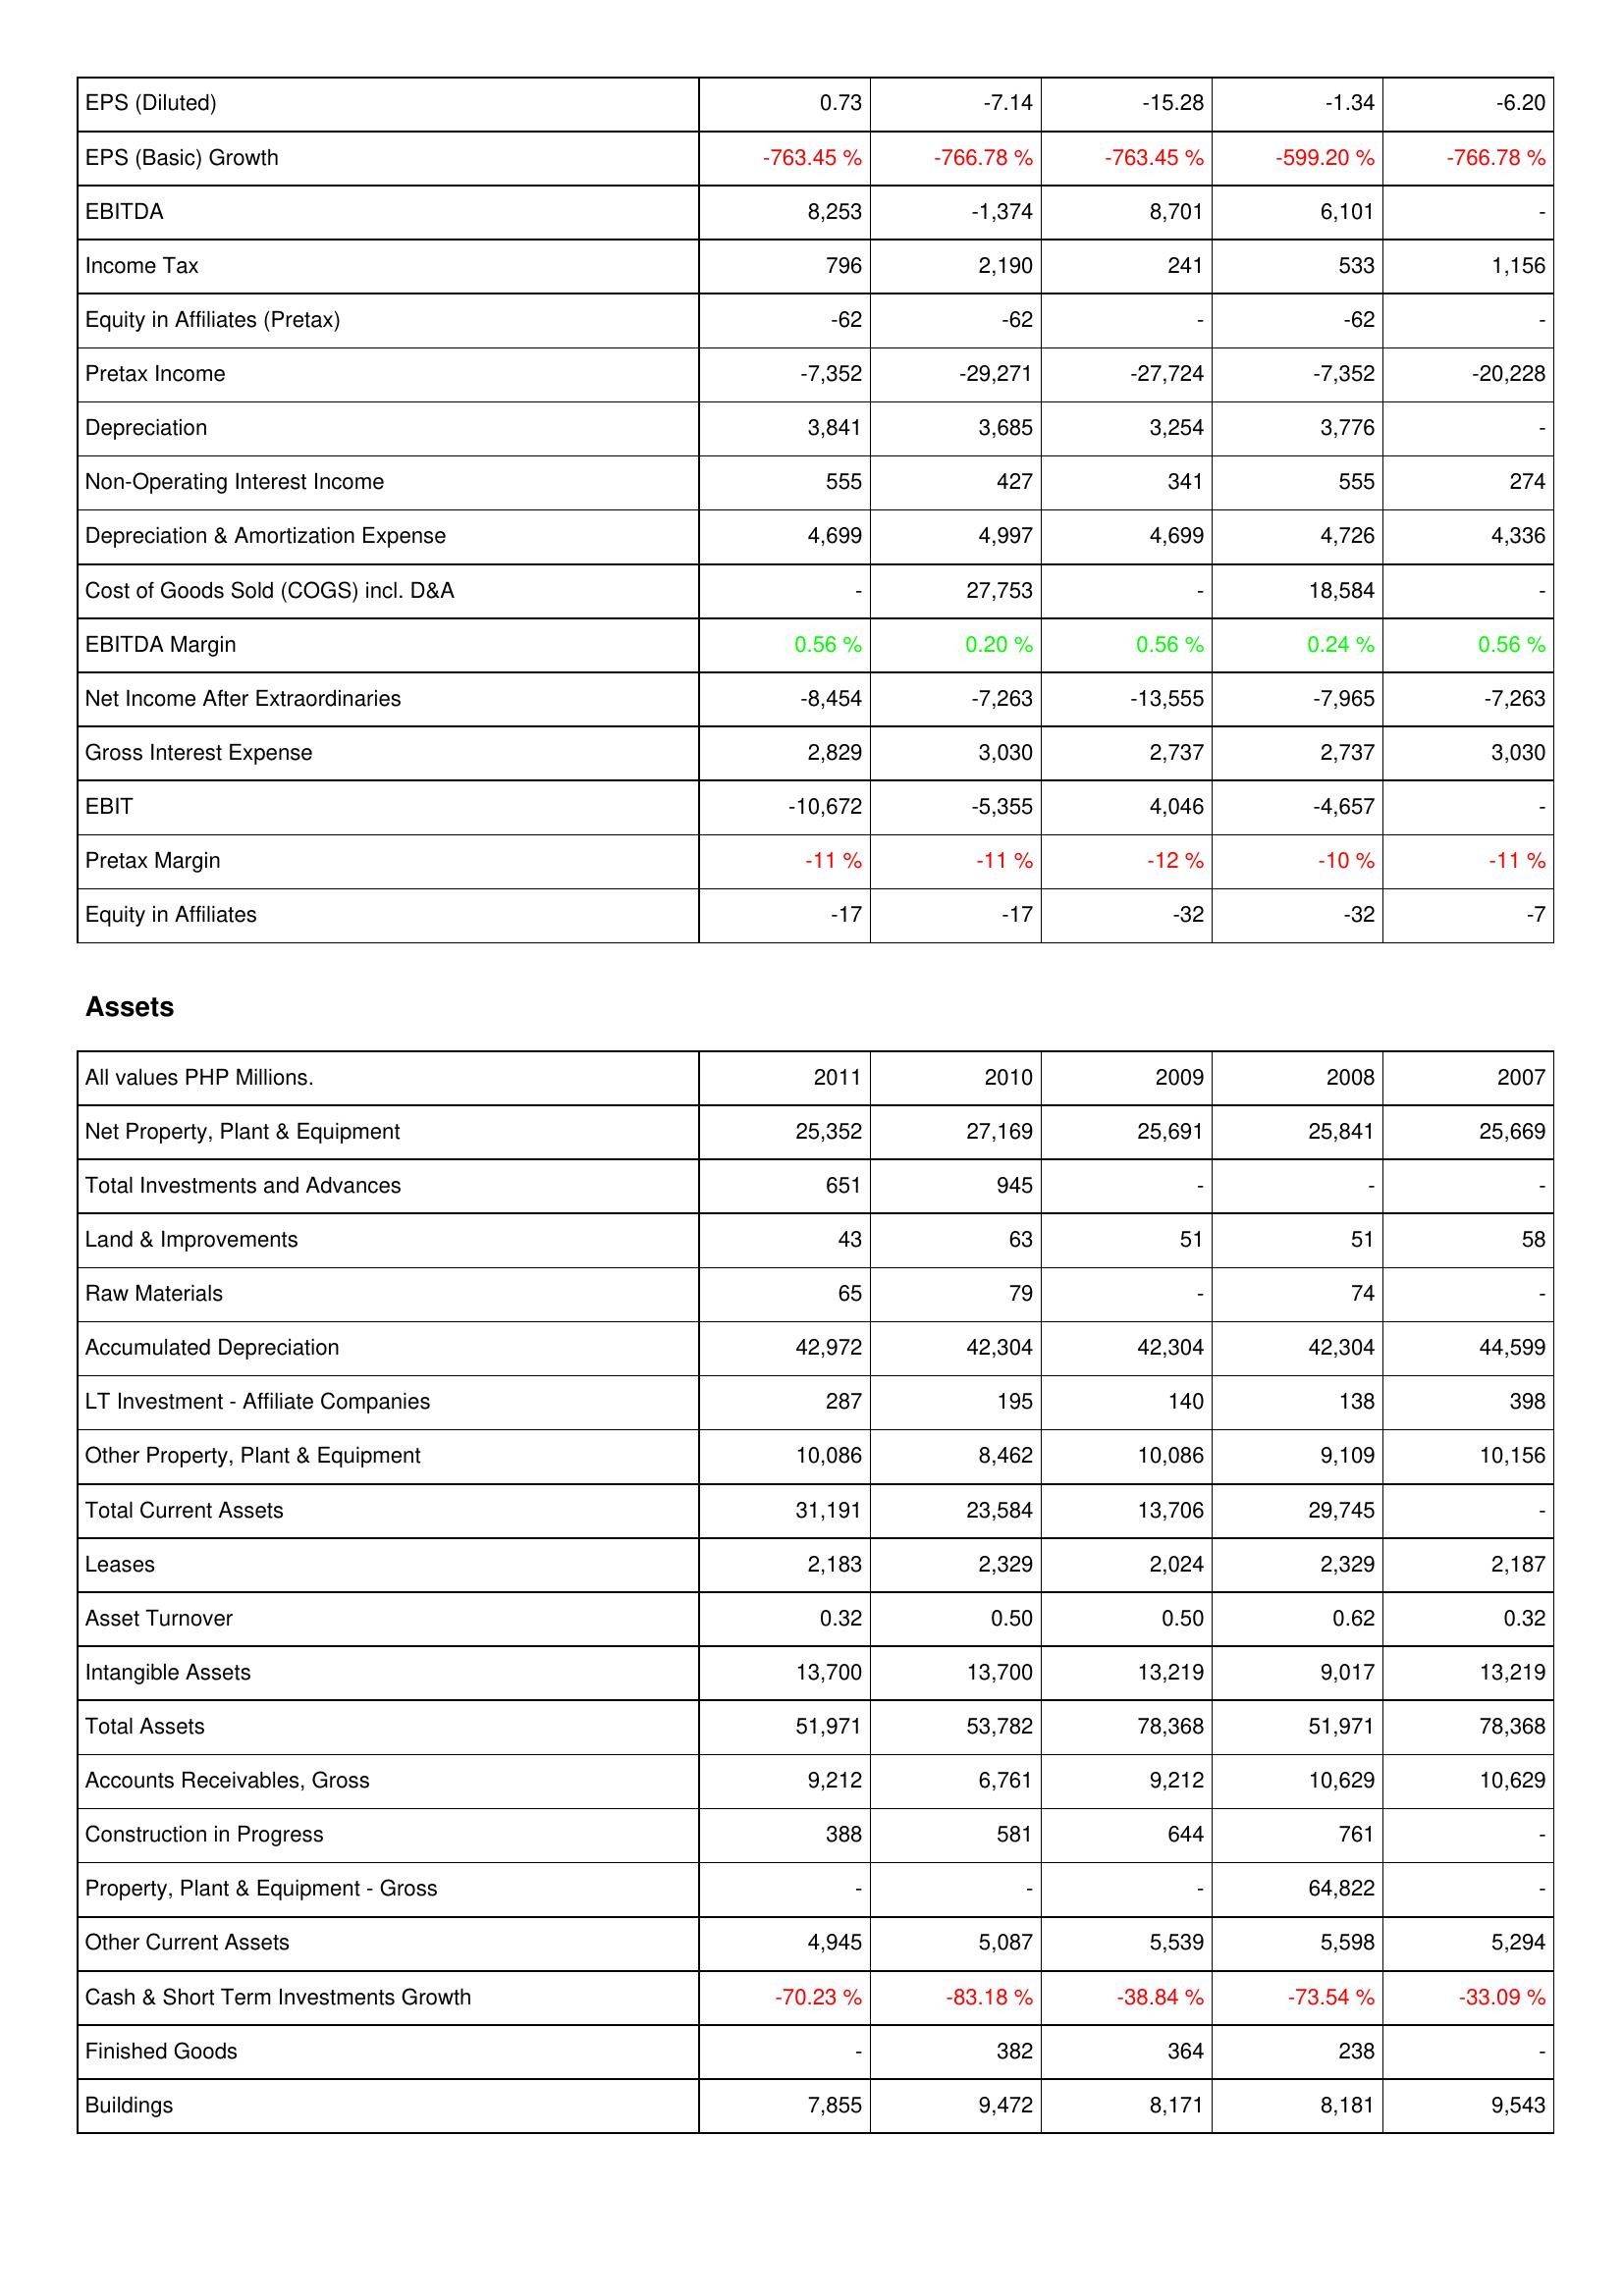
2011: Income Statement: EPS (Diluted): 0.73
EPS (Basic) Growth: -763.45 %
EBITDA: 8,253
Income Tax: 796
Equity in Affiliates (Pretax): -62
Pretax Income: -7,352
Depreciation: 3,841
Non-Operating Interest Income: 555
Depreciation & Amortization Expense: 4,699
Cost of Goods Sold (COGS) incl. D&A: -
EBITDA Margin: 0.56 %
Net Income After Extraordinaries: -8,454
Gross Interest Expense: 2,829
EBIT: -10,672
Pretax Margin: -11 %
Equity in Affiliates: -17
Assets: Net Property, Plant & Equipment: 25,352
Total Investments and Advances: 651
Land & Improvements: 43
Raw Materials: 65
Accumulated Depreciation: 42,972
LT Investment - Affiliate Companies: 287
Other Property, Plant & Equipment: 10,086
Total Current Assets: 31,191
Leases: 2,183
Asset Turnover: 0.32
Intangible Assets: 13,700
Total Assets: 51,971
Accounts Receivables, Gross: 9,212
Construction in Progress: 388
Property, Plant & Equipment - Gross: -
Other Current Assets: 4,945
Cash & Short Term Investments Growth: -70.23 %
Finished Goods: -
Buildings: 7,855
2010: Income Statement: EPS (Diluted): -7.14
EPS (Basic) Growth: -766.78 %
EBITDA: -1,374
Income Tax: 2,190
Equity in Affiliates (Pretax): -62
Pretax Income: -29,271
Depreciation: 3,685
Non-Operating Interest Income: 427
Depreciation & Amortization Expense: 4,997
Cost of Goods Sold (COGS) incl. D&A: 27,753
EBITDA Margin: 0.20 %
Net Income After Extraordinaries: -7,263
Gross Interest Expense: 3,030
EBIT: -5,355
Pretax Margin: -11 %
Equity in Affiliates: -17
Assets: Net Property, Plant & Equipment: 27,169
Total Investments and Advances: 945
Land & Improvements: 63
Raw Materials: 79
Accumulated Depreciation: 42,304
LT Investment - Affiliate Companies: 195
Other Property, Plant & Equipment: 8,462
Total Current Assets: 23,584
Leases: 2,329
Asset Turnover: 0.50
Intangible Assets: 13,700
Total Assets: 53,782
Accounts Receivables, Gross: 6,761
Construction in Progress: 581
Property, Plant & Equipment - Gross: -
Other Current Assets: 5,087
Cash & Short Term Investments Growth: -83.18 %
Finished Goods: 382
Buildings: 9,472
2009: Income Statement: EPS (Diluted): -15.28
EPS (Basic) Growth: -763.45 %
EBITDA: 8,701
Income Tax: 241
Equity in Affiliates (Pretax): -
Pretax Income: -27,724
Depreciation: 3,254
Non-Operating Interest Income: 341
Depreciation & Amortization Expense: 4,699
Cost of Goods Sold (COGS) incl. D&A: -
EBITDA Margin: 0.56 %
Net Income After Extraordinaries: -13,555
Gross Interest Expense: 2,737
EBIT: 4,046
Pretax Margin: -12 %
Equity in Affiliates: -32
Assets: Net Property, Plant & Equipment: 25,691
Total Investments and Advances: -
Land & Improvements: 51
Raw Materials: -
Accumulated Depreciation: 42,304
LT Investment - Affiliate Companies: 140
Other Property, Plant & Equipment: 10,086
Total Current Assets: 13,706
Leases: 2,024
Asset Turnover: 0.50
Intangible Assets: 13,219
Total Assets: 78,368
Accounts Receivables, Gross: 9,212
Construction in Progress: 644
Property, Plant & Equipment - Gross: -
Other Current Assets: 5,539
Cash & Short Term Investments Growth: -38.84 %
Finished Goods: 364
Buildings: 8,171
2008: Income Statement: EPS (Diluted): -1.34
EPS (Basic) Growth: -599.20 %
EBITDA: 6,101
Income Tax: 533
Equity in Affiliates (Pretax): -62
Pretax Income: -7,352
Depreciation: 3,776
Non-Operating Interest Income: 555
Depreciation & Amortization Expense: 4,726
Cost of Goods Sold (COGS) incl. D&A: 18,584
EBITDA Margin: 0.24 %
Net Income After Extraordinaries: -7,965
Gross Interest Expense: 2,737
EBIT: -4,657
Pretax Margin: -10 %
Equity in Affiliates: -32
Assets: Net Property, Plant & Equipment: 25,841
Total Investments and Advances: -
Land & Improvements: 51
Raw Materials: 74
Accumulated Depreciation: 42,304
LT Investment - Affiliate Companies: 138
Other Property, Plant & Equipment: 9,109
Total Current Assets: 29,745
Leases: 2,329
Asset Turnover: 0.62
Intangible Assets: 9,017
Total Assets: 51,971
Accounts Receivables, Gross: 10,629
Construction in Progress: 761
Property, Plant & Equipment - Gross: 64,822
Other Current Assets: 5,598
Cash & Short Term Investments Growth: -73.54 %
Finished Goods: 238
Buildings: 8,181
2007: Income Statement: EPS (Diluted): -6.20
EPS (Basic) Growth: -766.78 %
EBITDA: -
Income Tax: 1,156
Equity in Affiliates (Pretax): -
Pretax Income: -20,228
Depreciation: -
Non-Operating Interest Income: 274
Depreciation & Amortization Expense: 4,336
Cost of Goods Sold (COGS) incl. D&A: -
EBITDA Margin: 0.56 %
Net Income After Extraordinaries: -7,263
Gross Interest Expense: 3,030
EBIT: -
Pretax Margin: -11 %
Equity in Affiliates: -7
Assets: Net Property, Plant & Equipment: 25,669
Total Investments and Advances: -
Land & Improvements: 58
Raw Materials: -
Accumulated Depreciation: 44,599
LT Investment - Affiliate Companies: 398
Other Property, Plant & Equipment: 10,156
Total Current Assets: -
Leases: 2,187
Asset Turnover: 0.32
Intangible Assets: 13,219
Total Assets: 78,368
Accounts Receivables, Gross: 10,629
Construction in Progress: -
Property, Plant & Equipment - Gross: -
Other Current Assets: 5,294
Cash & Short Term Investments Growth: -33.09 %
Finished Goods: -
Buildings: 9,543